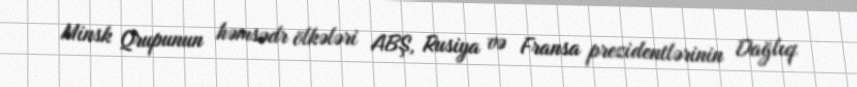
Minsk Qrupunun həmsədr ölkələri ABŞ, Rusiya və Fransa prezidentlərinin Dağlıq